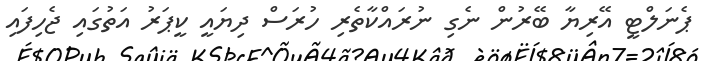
ޕެނަލްޓީ އޭރިޔާ ބޭރުން ނެގި ނުރައްކާތެރި ހުރަސް ދިޔައީ ކީޕަރު އަތުގައި ޖެހިފައި